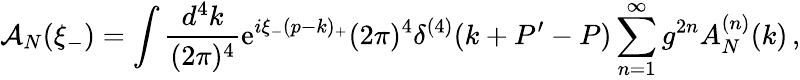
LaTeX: {\cal A}_{N}(\xi_{-})=\int\frac{d^{4}k}{(2\pi)^{4}}\mathrm{e}^{i\xi_{-}(p-k)_{+}}(2\pi)^{4}\delta^{(4)}(k+P^{\prime}-P)\sum_{n=1}^{\infty}g^{2n}A_{N}^{(n)}(k)\, ,